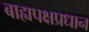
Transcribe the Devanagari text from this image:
बाह्यपक्षप्रधान